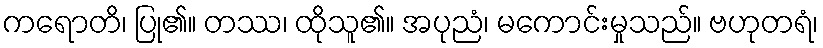
ကရောတိ၊ ပြု၏။ တဿ၊ ထိုသူ၏။ အပုညံ၊ မကောင်းမှုသည်။ ဗဟုတရံ၊